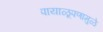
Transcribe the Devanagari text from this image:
पायाळूपणामुळे